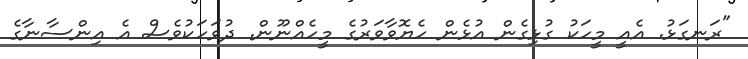
"ރަނގަޅު. އެއީ މީހަކު ގުޅިގެން އުޅެން ހެޔޮވާވަރުގެ މީހެއްނޫން. ދުވަހަކުވެސް އެ އިންސާނާގެ